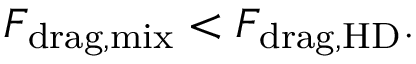
F _ { \mathrm { d r a g , m i x } } < F _ { \mathrm { d r a g , H D } } .